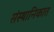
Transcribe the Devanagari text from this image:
संस्थानिकात